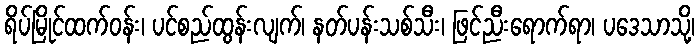
ရိပ်မြိုင်ထက်ဝန်း၊ ပင်စည်ထွန်းလျက်၊ နတ်ပန်းသစ်သီး၊ ဖြင်ညီးရောက်ရာ၊ ပဒေသာသို့၊